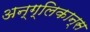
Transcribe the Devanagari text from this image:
अन्ग्लिकान्स